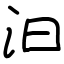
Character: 汩